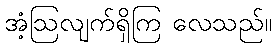
အံ့ဩလျက်ရှိကြ လေသည်။